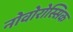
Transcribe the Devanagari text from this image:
नोवोरोस्सिक